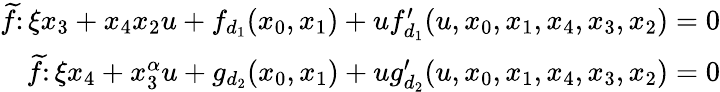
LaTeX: \begin{array}{r}{\widetilde{f}\colon\xi x_{3}+x_{4}x_{2}u+f_{d_{1}}(x_{0},x_{1})+uf_{d_{1}}^{\prime}(u,x_{0},x_{1},x_{4},x_{3},x_{2})=0}\\ {\widetilde{f}\colon\xi x_{4}+x_{3}^{\alpha}u+g_{d_{2}}(x_{0},x_{1})+ug_{d_{2}}^{\prime}(u,x_{0},x_{1},x_{4},x_{3},x_{2})=0}\end{array}